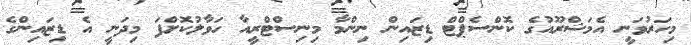
މިހަރުވަނީ އެމަޝްރޫއުގެ ކޮންސެޕްޓް ޑިޒައިން ނިންމާ މިނިސްޓްރީއާ ހަވާލުކޮށްފަ މިދަނީ އެ ޑިޒައިންގެ